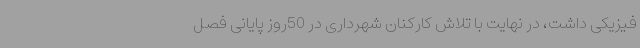
فیزیکی داشت، در نهایت با تلاش کارکنان شهرداری در 50روز پایانی فصل